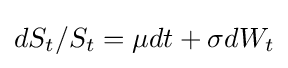
dS_{t}/S_{t}=\mu dt+\sigma dW_{t}